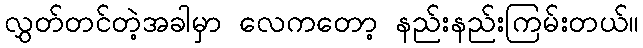
လွှတ်တင်တဲ့အခါမှာ လေကတော့ နည်းနည်းကြမ်းတယ်။